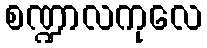
စဏ္ဍာလကုလေ